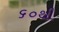
૬૦થી